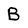
Character: B